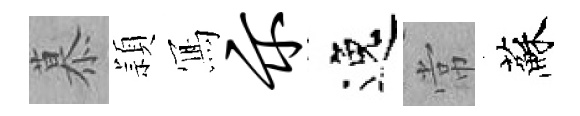
慕頴𭂁示逸常蘇